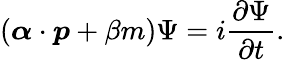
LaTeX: (\boldsymbol{\alpha}\cdot\boldsymbol{p}+\beta{m})\Psi=i\frac{\partial\Psi}{\partial t}.